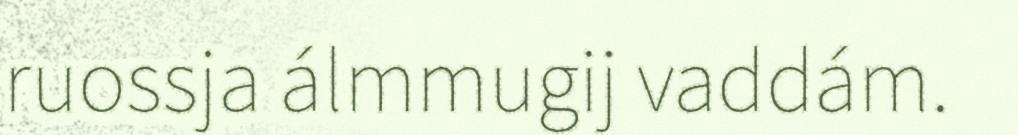
ruossja álmmugij vaddám.